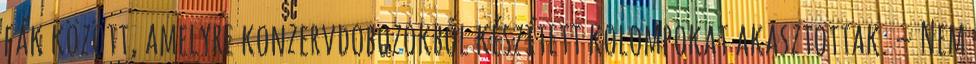
fák között, amelyre konzervdobozokból készített kolompokat akasztottak. – Nem